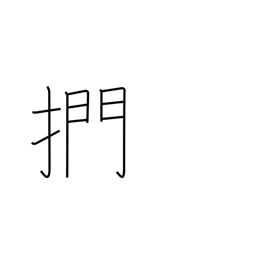
Meaning: to stroke